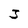
Character: 3